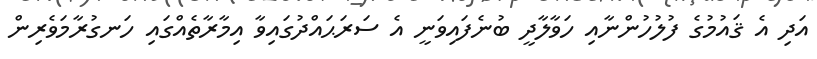
އަދި އެ ޤައުމުގެ ފުލުހުންނާއި ހަވާލާދީ ބުނެފައިވަނީ އެ ސަރަޙައްދުގައިވާ އިމާރާތެއްގައި ހަނގުރާމަވެރިން